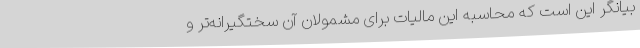
بیانگر این است که محاسبه این مالیات برای مشمولان آن سختگیرانه‌تر و